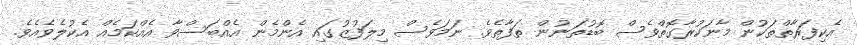
އެކިފަރާތްތަކުން މާނަކުރާގޮތްވެސް ބޮޑުތަނުން ތަފާތެވެ. ނަމަވެސް މިލަފުޒުގައި އެންމެން އެއްބަސްވާ އެއްކަމެއް އެކުލެވެއެވެ.